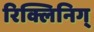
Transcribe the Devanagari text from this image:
रिक्लिनिग्